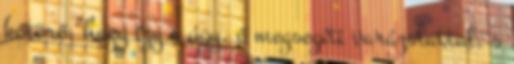
kőtörő, hogy így s úgy, ő megsegíti varázslattal, s